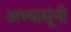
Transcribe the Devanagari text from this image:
अभ्यासूंनी